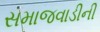
સમાજવાડીની